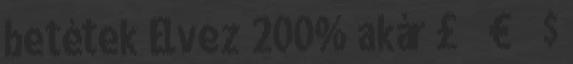
betétek Élvez 200% akár £ € $